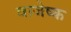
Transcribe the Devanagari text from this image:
वाजेष्क